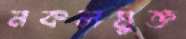
নকলমুক্ত